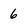
Character: 6